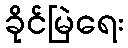
ခိုင်မြဲရေး